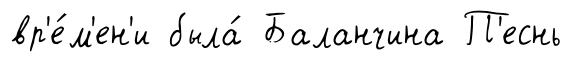
вр'е́м'ен'и была́ Баланчина П'еснь